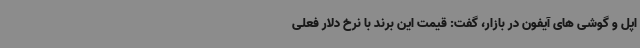
اپل و گوشی های آیفون در بازار، گفت: قیمت این برند با نرخ دلار فعلی